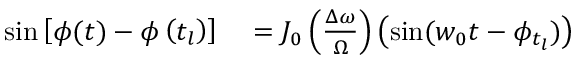
\begin{array} { r l } { \sin \left[ \phi ( t ) - \phi \left( t _ { l } \right) \right] } & { { } = J _ { 0 } \left( \frac { \Delta \omega } { \Omega } \right) \left( \sin ( w _ { 0 } t - \phi _ { t _ { l } } ) \right) } \end{array}